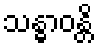
သန္ဓာဝန္တိ